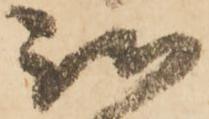
我